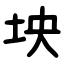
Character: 坱